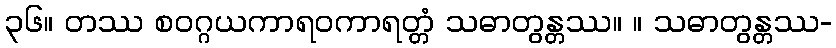
၃၆။ တဿ စဝဂ္ဂယကာရဝကာရတ္တံ သဓာတွန္တဿ။ ။ သဓာတွန္တဿ-